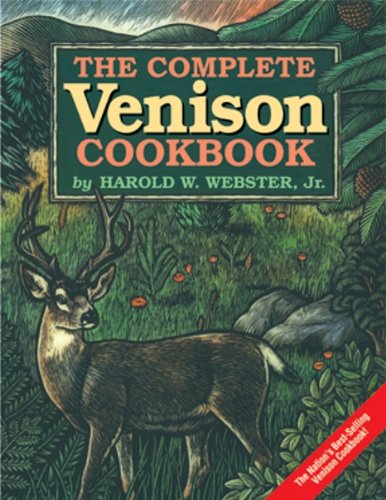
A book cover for The Complete Venison Cookbook; H. Webster; Cookbooks, Food & Wine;